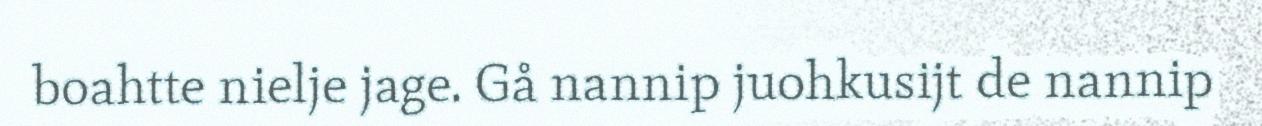
boahtte nielje jage. Gå nannip juohkusijt de nannip